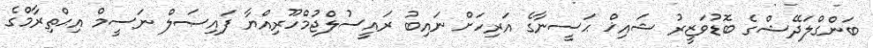
ބަންގްލަދޭޝްގެ ބޮޑުވަޒީރު ޝައިޚް ޙަސީނާގެ އަރިހަށް ނައިބު ރައީސުލްޖުމްހޫރިއްޔާ ފައިޞަލް ނަސީމް އިޙްތިރާމްގެ